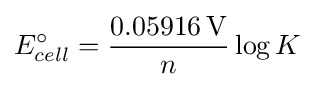
E_{cell}^{\circ }={\frac {0.05916\,\mathrm {V} }{n}}\log K